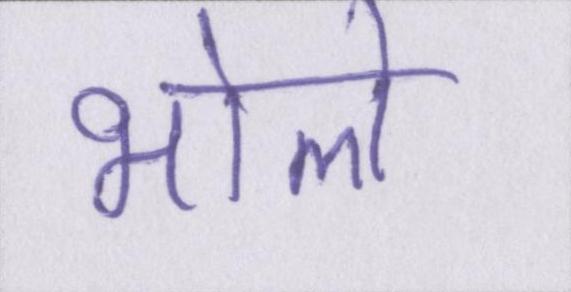
भोले